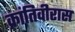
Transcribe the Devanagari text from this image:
क्रांतिवीरास